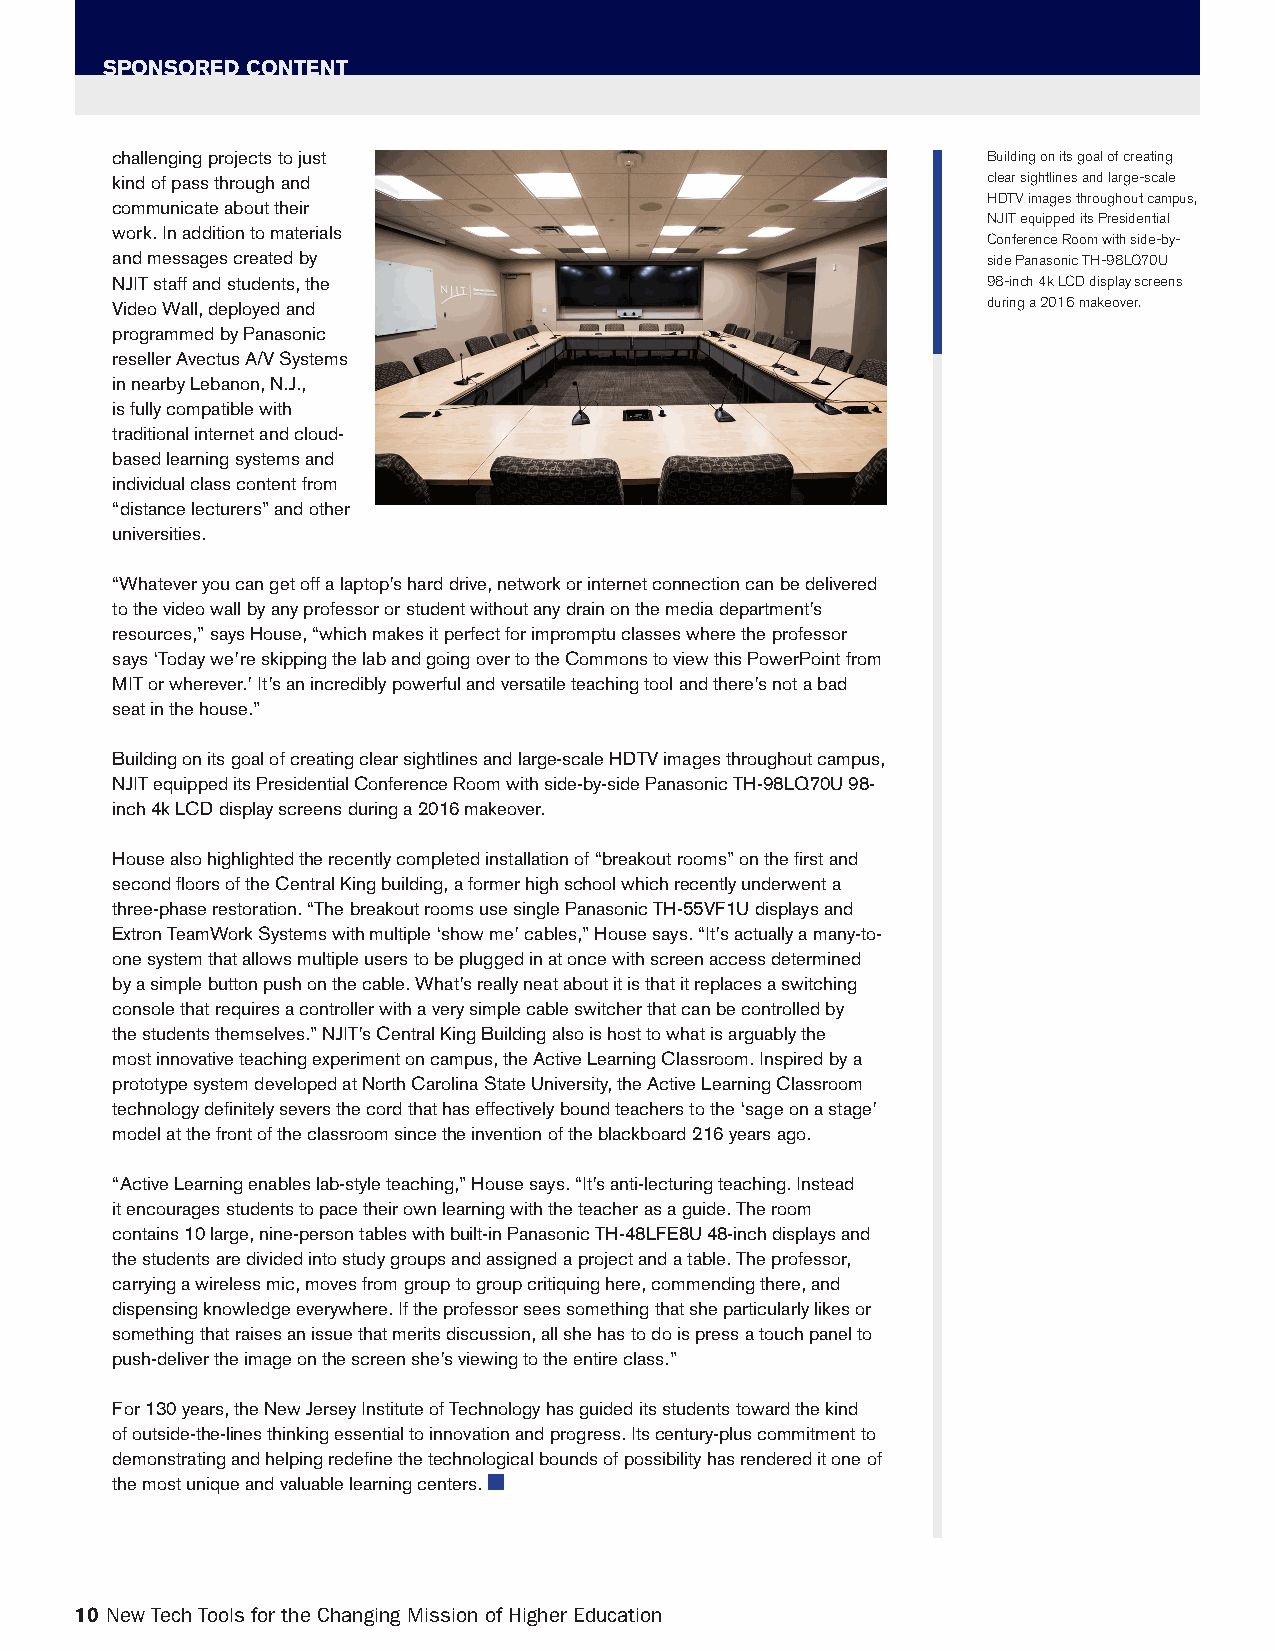
SPONSORED CONTENT
 challenging projects to just                              Building on its goal of creating
 kind of pass through and                                  clear sightlines and large-scale
 HDTV images throughout campus,
 communicate about their
 NJIT equipped its Presidential
 work. In addition to materials
 Conference Room with side-by-
 and messages created by                                   side Panasonic TH-98LQ70U
 NJIT staff and students, the                              98-inch 4k LCD display screens
 Video Wall, deployed and                                  during a 2016 makeover.
 programmed by Panasonic
 reseller Avectus A/V Systems
 in nearby Lebanon, N.J.,
 is fully compatible with
 traditional internet and cloud-
 based learning systems and
 individual class content from
 “distance lecturers” and other
 universities.
 “Whatever you can get off a laptop’s hard drive, network or internet connection can be delivered
 to the video wall by any professor or student without any drain on the media department’s
 resources,” says House, “which makes it perfect for impromptu classes where the professor
 says ‘Today we’re skipping the lab and going over to the Commons to view this PowerPoint from
 MIT or wherever.’ It’s an incredibly powerful and versatile teaching tool and there’s not a bad
 seat in the house.”
 Building on its goal of creating clear sightlines and large-scale HDTV images throughout campus,
 NJIT equipped its Presidential Conference Room with side-by-side Panasonic TH-98LQ70U 98-
 inch 4k LCD display screens during a 2016 makeover.
 House also highlighted the recently completed installation of “breakout rooms” on the first and
 second floors of the Central King building, a former high school which recently underwent a
 three-phase restoration. “The breakout rooms use single Panasonic TH-55VF1U displays and
 Extron TeamWork Systems with multiple ‘show me’ cables,” House says. “It’s actually a many-to-
 one system that allows multiple users to be plugged in at once with screen access determined
 by a simple button push on the cable. What’s really neat about it is that it replaces a switching
 console that requires a controller with a very simple cable switcher that can be controlled by
 the students themselves.” NJIT’s Central King Building also is host to what is arguably the
 most innovative teaching experiment on campus, the Active Learning Classroom. Inspired by a
 prototype system developed at North Carolina State University, the Active Learning Classroom
 technology definitely severs the cord that has effectively bound teachers to the ‘sage on a stage’
 model at the front of the classroom since the invention of the blackboard 216 years ago.
 “Active Learning enables lab-style teaching,” House says. “It’s anti-lecturing teaching. Instead
 it encourages students to pace their own learning with the teacher as a guide. The room
 contains 10 large, nine-person tables with built-in Panasonic TH-48LFE8U 48-inch displays and
 the students are divided into study groups and assigned a project and a table. The professor,
 carrying a wireless mic, moves from group to group critiquing here, commending there, and
 dispensing knowledge everywhere. If the professor sees something that she particularly likes or
 something that raises an issue that merits discussion, all she has to do is press a touch panel to
 push-deliver the image on the screen she’s viewing to the entire class.”
 For 130 years, the New Jersey Institute of Technology has guided its students toward the kind
 of outside-the-lines thinking essential to innovation and progress. Its century-plus commitment to
 demonstrating and helping redefine the technological bounds of possibility has rendered it one of
 the most unique and valuable learning centers. ■
 10 New Tech Tools for the Changing Mission of Higher Education